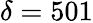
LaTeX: \delta=501